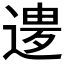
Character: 𲅨